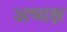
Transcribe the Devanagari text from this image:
अष्यक्ष